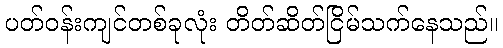
ပတ်ဝန်းကျင်တစ်ခုလုံး တိတ်ဆိတ်ငြိမ်သက်နေသည်။